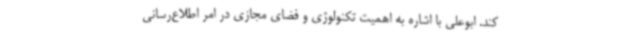
کند. ابوعلی با اشاره به اهمیت تکنولوژی و فضای مجازی در امر اطلاع‌رسانی